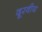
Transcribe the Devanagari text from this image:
दूरवीय